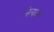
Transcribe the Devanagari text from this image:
नित्यदान